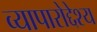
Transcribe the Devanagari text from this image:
व्यापारोद्देश्य